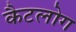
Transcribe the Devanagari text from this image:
कैटलोग